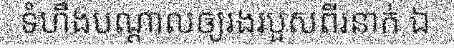
ទំហឹងបណ្តាលឲ្យរងរបួសពីរនាក់ ឯ